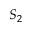
S _ { 2 }